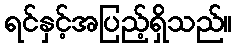
ရင်နှင့်အပြည့်ရှိသည်။